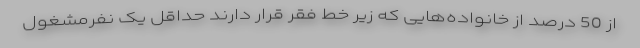
از 50 درصد از خانواده‌هایی که زیر خط فقر قرار دارند حداقل یک نفرمشغول